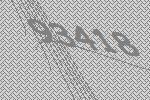
93418